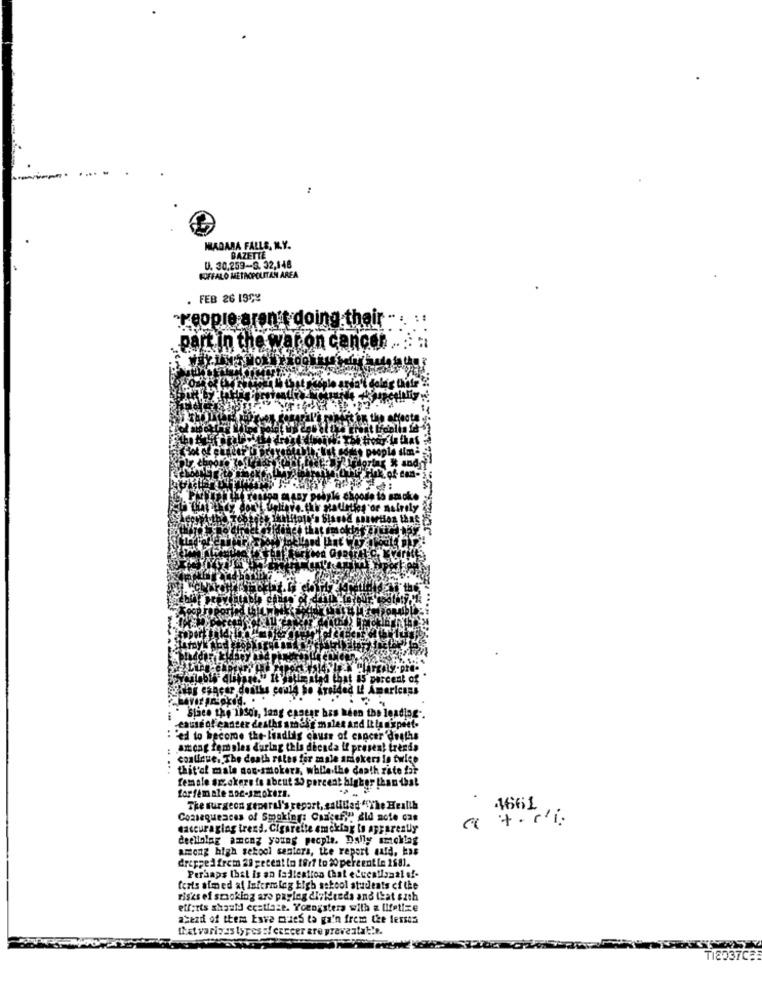
:
MADARA FALLS, KL.Y.
BAZETTE
FOFFALO METROPOLITAN AREA
U. 30,259-S. 32,148
FEB 26 197%
"People aren't doing their
part in the war on cancer
Son, lang essesr has been the leading -.
acer deaths amely males and It langpeet-
'ed to beco
de the- leadlig cause of cancer 'deaths
among females during this decada if present trends
continue. The death rates for male amiskers In twice
thit'of male non-smokers, while.the death rate for
female smokers fe about 20 percent higher than that
forfem ale soc-smokers.
The surgeon general's report, salidad "The Health
46661
Consequences of Smoking: Cancefy" did note cas
a +. ri:
cascuraging trend. Cigarette emekfax to apparently
deellolng among young people. Dally smoking
among high sekool seniora, the report auld, kas
dropped frem 29 geceat to 18rf to 20 percent Le 2581.
Perhaps that is an falleation (hat educational of-
feats aimed af Inicrmlag high school students of the
risks of smoking are paying divideds and that szth
efforts should ecstfase. Youngsters with a lifetize
asezdi of them have mues ta ga'n frem the lessos
that varizas types :f career are preventat !.
TI2037C: